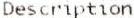
DESCRIPTION